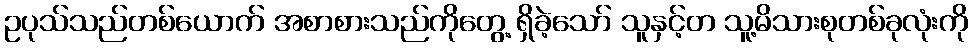
ဥပုသ်သည်တစ်ယောက် အစာစားသည်ကိုတွေ့ ရှိခဲ့သော် သူနှင့်တ သူ့မိသားစုတစ်ခုလုံးကို